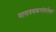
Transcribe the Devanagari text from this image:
मालवणकरांबरोबर